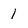
Character: 1